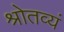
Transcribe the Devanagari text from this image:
श्रोतव्यं